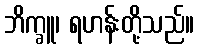
ဘိက္ခူ၊ ရဟန်းတို့သည်။